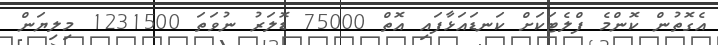
އެގޮތުން ކޮންމެ ފްލެޓަކަށް ކަނޑައަޅާފައި އޮތް 75000 ޑޮލަރު ނުވަތަ 1231500 މިލިޔަން